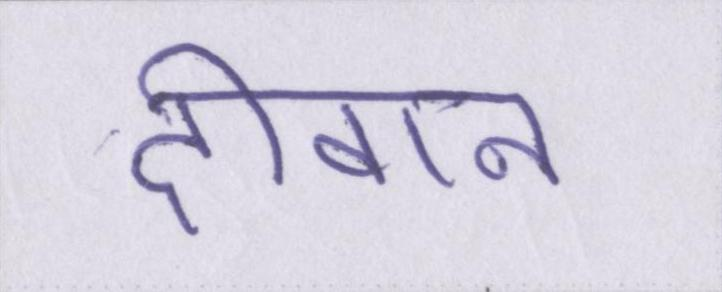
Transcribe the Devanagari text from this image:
दीवान